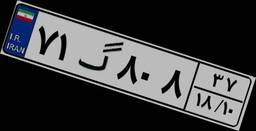
۷۱گ۸۰۸۳۷